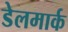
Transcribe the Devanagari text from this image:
डेलमार्क